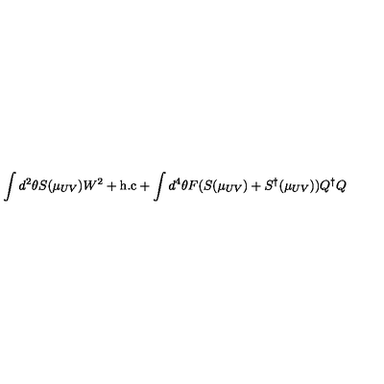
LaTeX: \int d ^ { 2 } \theta S ( \mu _ { U V } ) W ^ { 2 } + \mathrm { h . c } + \int d ^ { 4 } \theta F ( S ( \mu _ { U V } ) + S ^ { \dagger } ( \mu _ { U V } ) ) Q ^ { \dagger } Q